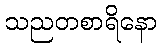
သညတစာရိနော